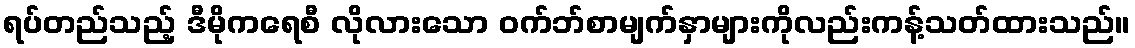
ရပ်တည်သည့် ဒီမိုကရေစီ လိုလားသော ဝက်ဘ်စာမျက်နှာများကိုလည်းကန့်သတ်ထားသည်။